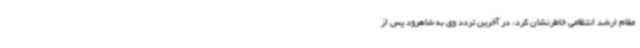
مقام ارشد انتظامی خاطرنشان کرد: در آخرین تردد وی به شاهرود پس از